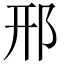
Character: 邢